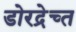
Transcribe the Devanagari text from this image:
डोरद्रेच्त